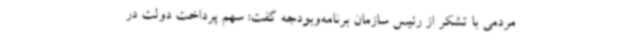
مردمی با تشکر از رئیس سازمان برنامه‌وبودجه گفت: سهم پرداخت دولت در